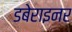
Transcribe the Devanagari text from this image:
डबेराइनर